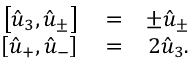
\begin{array} { r l r } { \left[ \hat { u } _ { 3 } , \hat { u } _ { \pm } \right] } & { { } = } & { \pm \hat { u } _ { \pm } } \\ { \left[ \hat { u } _ { + } , \hat { u } _ { - } \right] } & { { } = } & { 2 \hat { u } _ { 3 } . } \end{array}